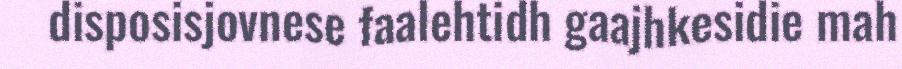
disposisjovnese faalehtidh gaajhkesidie mah